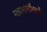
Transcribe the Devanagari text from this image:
महामार्गांमध्ये